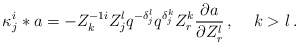
\begin{align*}{\kappa}^i_j \ast a = - Z^{-1i}_k Z^l_j q^{-{\delta}^l_j}q^{{\delta}^k_j}Z^k_r {\partial a \over\partial{Z^l_r}}\,,\quad\,k>l\,.\end{align*}